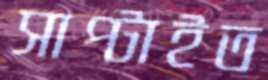
সাপ্‌টাইত